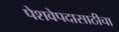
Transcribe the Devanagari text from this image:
पेशवेपदासाठीचा